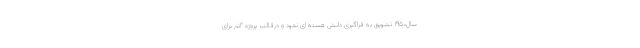
سال۱۹۵۰ تشویق به فراگیری دانش هسته ای نمود و درقالب پروژه "اتم برای